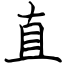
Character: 直